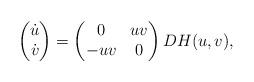
LaTeX: \begin{align*}\left(\begin{matrix}\dot u \\\dot v\end{matrix}\right) = \left(\begin{matrix}0 & uv \\-uv & 0\end{matrix}\right) DH(u,v),\end{align*}